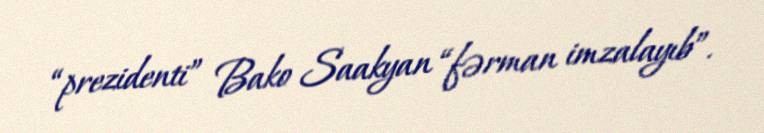
“prezidenti” Bako Saakyan “fərman imzalayıb”.